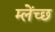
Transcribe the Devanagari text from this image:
म्लेंच्छ